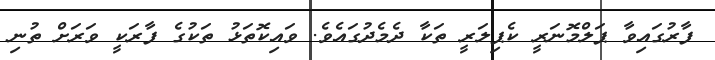
ފާރުގައިވާ ޕަލްމޮނަރީ ކެޕިލަރީ ތަކާ ދެމެދުގައެވެ. ވައިކޮތަޅު ތަކުގެ ފާރަކީ ވަރަށް ތުނި